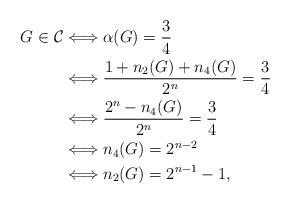
LaTeX: \begin{align*}G\in\mathcal{C} & \Longleftrightarrow \alpha(G)=\frac{3}{4} \\ &\Longleftrightarrow \frac{1+n_2(G)+n_4(G)}{2^n}=\frac{3}{4} \\ & \Longleftrightarrow \frac{2^n-n_4(G)}{2^n}=\frac{3}{4} \\ & \Longleftrightarrow n_4(G)=2^{n-2}\\ &\Longleftrightarrow n_2(G)=2^{n-1}-1,\end{align*}